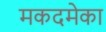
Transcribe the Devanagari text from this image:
मकदमेका